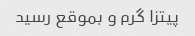
پیتزا گرم و بموقع رسید